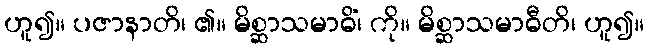
ဟူ၍။ ပဇာနာတိ၊ ၏။ မိစ္ဆာသမာဓိံ၊ ကို။ မိစ္ဆာသမာဓီတိ၊ ဟူ၍။